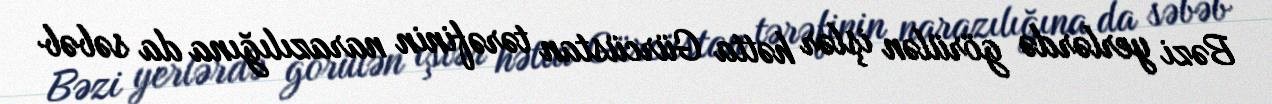
Bəzi yerlərdə görülən işlər hətta Gürcüstan tərəfinin narazılığına da səbəb